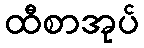
ထီစာအုပ်